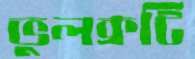
ভুলক্রটি